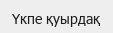
Үкпе қуырдақ